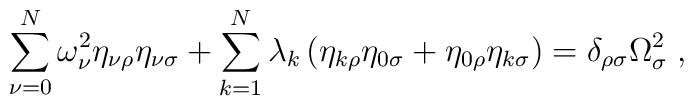
\sum_{\nu=0}^N\omega_\nu^2\eta_{\nu\rho}\eta_{\nu\sigma}+\sum_{k=1}^N\lambda_k\left(\eta_{k\rho}\eta_{0\sigma}+\eta_{0\rho}\eta_{k\sigma}\right)=\delta_{\rho\sigma}\Omega_\sigma^2\;,